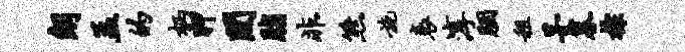
朗孟的柄狎间脂非熊施衰淳胭租茅暮棕